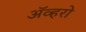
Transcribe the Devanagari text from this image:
ॲव्हरो